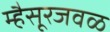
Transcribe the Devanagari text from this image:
म्हैसूरजवळ